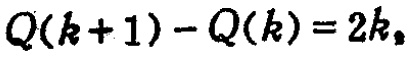
\(Q(k + 1) - Q(k) = 2k\)